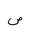
Letter: _sad